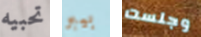
تحبيه بيبر وجلست